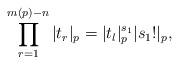
LaTeX: \begin{align*} \prod^{m(p)-n}_{r=1}|t_r|_p = |t_l|^{s_1}_p|s_1!|_p,\end{align*}